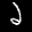
Label: 2